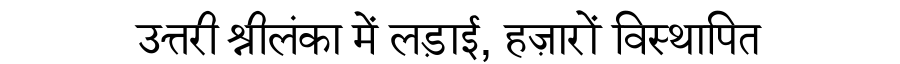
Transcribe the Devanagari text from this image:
उत्तरी श्रीलंका में लड़ाई, हज़ारों विस्थापित